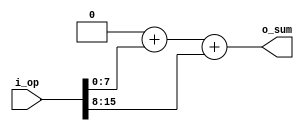
`timescale 1 ns / 1 ps

module libhdl_add
#(  parameter N = 2,
    parameter W = 8)
(   output wire [W+$clog2(N)-1 : 0] o_sum,
    input  wire [N*W-1 : 0]         i_op);

reg [W+$clog2(N)-1 : 0] sum;
integer k;

always @ (*)
begin
    sum = 0;
    for (k = 0; k < N; k = k + 1) begin
        sum = sum + i_op[k*W +: W];
    end
end

assign o_sum = sum;

endmodule